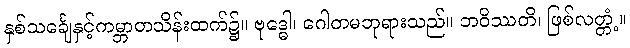
နှစ်သင်္ချေနှင့်ကမ္ဘာတသိန်းထက်၌။ ဗုဒ္ဓေါ၊ ဂေါတမဘုရားသည်။ ဘဝိဿတိ၊ ဖြစ်လတ္တံ့။